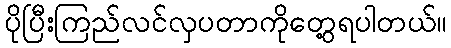
ပိုပြီးကြည်လင်လှပတာကိုတွေ့ရပါတယ်။